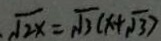
\sqrt { 2 x } = \sqrt { 3 } ( x + \sqrt { 3 } )